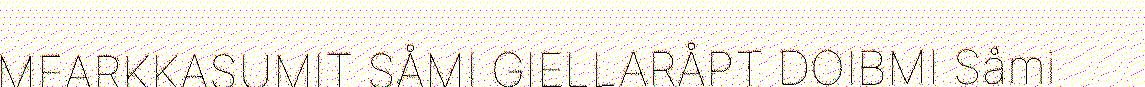
MEARKKASUMIT SÅMI GIELLARÅPT DOIBMI Såmi